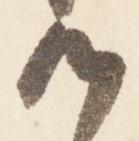
候